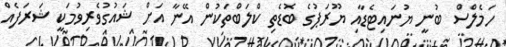
ހަމެލްސް ބުނީ ޔުނައިޓެޑާއި ޔޫރަޕުގެ ބޮޑެތި ކްލަބްތަކުން އޭނާ އަށް ޝައުގުވެރިވުމަކީ ޝަރަފެއް